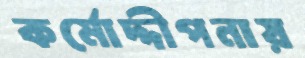
কর্মোদ্দীপনায়